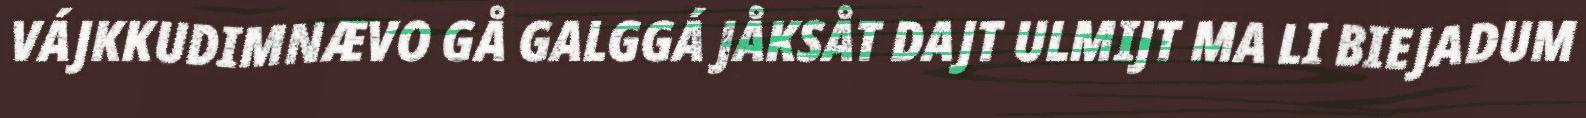
VÁJKKUDIMNÆVO GÅ GALGGÁ JÅKSÅT DAJT ULMIJT MA LI BIEJADUM